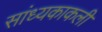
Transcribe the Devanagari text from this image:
सांध्यकाकली